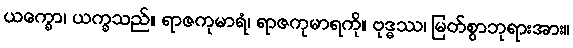
ယက္ခော၊ ယက္ခသည်။ ရာဇကုမာရံ၊ ရာဇကုမာရကို။ ဗုဒ္ဓဿ၊ မြတ်စွာဘုရားအား။